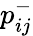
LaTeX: p_{ij}^{-}